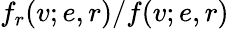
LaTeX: f_{r}(v;e,r)/f(v;e,r)